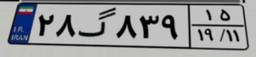
۶۵گ۳۱۰۲۸